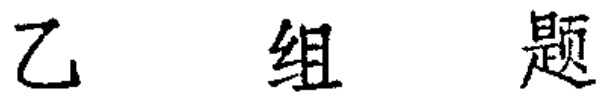
乙 组 题